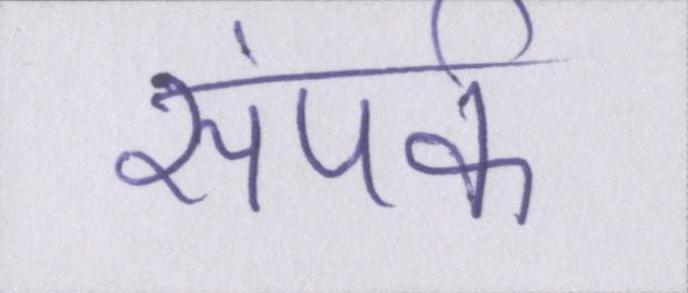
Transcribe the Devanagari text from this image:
संपर्क